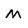
Character: m